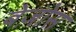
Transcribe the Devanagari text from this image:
बेज़ोस